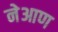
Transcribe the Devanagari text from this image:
नेआण